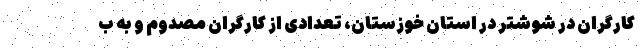
کارگران در شوشتر در استان خوزستان، تعدادی از کارگران مصدوم و به ب